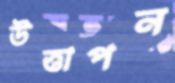
উত্তাপন